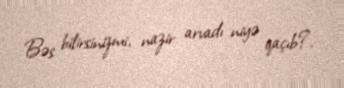
Bəs bilirsinizmi, nazir arvadı niyə qaçıb?.